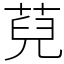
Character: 萖